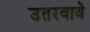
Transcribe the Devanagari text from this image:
उतरवावे